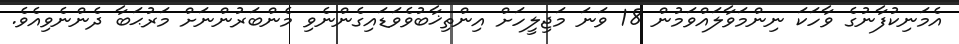
އެމަނިކުފާނުގެ ވާހަކަ ނިންމަވާލައްވަމުން 18 ވަނަ މަޖިލީހަށް އިންތިޚާބުވެވަޑައިގެންނެވި މެންބަރުންނަށް މަރުޙަބާ ދެންނެވިއެވެ.